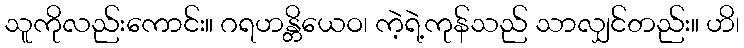
သူကိုလည်းကောင်း။ ဂရဟန္တိယေဝ၊ ကဲ့ရဲ့ကုန်သည် သာလျှင်တည်း။ ဟိ၊